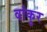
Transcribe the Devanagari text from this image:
वांकुर